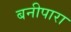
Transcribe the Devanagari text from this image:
बनीपारा